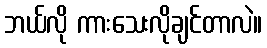
ဘယ်လို ကားသေးလိုချင်တာလဲ။